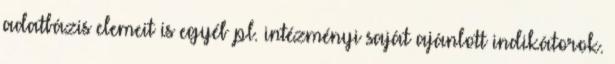
adatbázis elemeit is egyéb pl. intézményi saját ajánlott indikátorok.